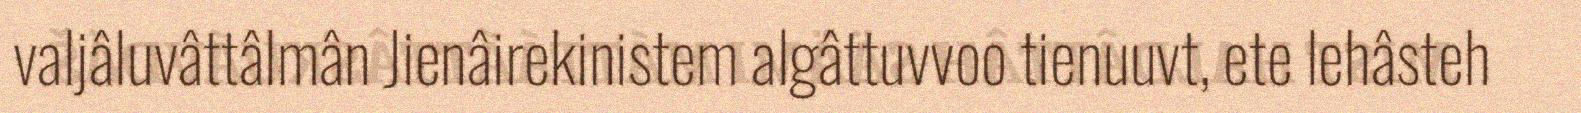
valjâluvâttâlmân Jienâirekinistem algâttuvvoo tienuuvt, ete lehâsteh